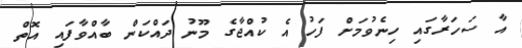
އާ ސަހަރާގައި ހިނެވުމަށް ފަހު އެ ކުއްޖާގެ މޫނު ދައްކަން ބާއްވާފައި އޮތް